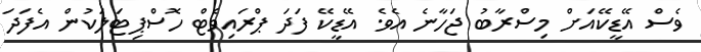
ވެސް އޭޑީކޭއަށް މިސްރާބު ޖަހާނެ އެވެ. އޭޑީކޭ ފަދަ ޕްރައިވެޓް ހޮސްޕިޓަލަކުން އެފަދަ